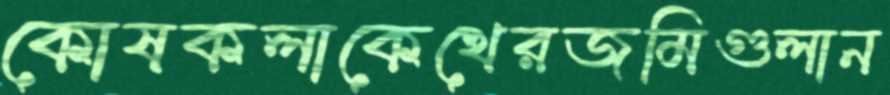
কোষকলাকেখেরজমিগুলান